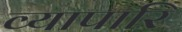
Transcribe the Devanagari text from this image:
व्यापारि